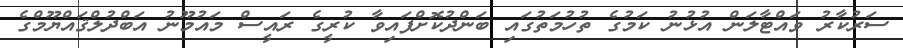
ސަރުކާރު ވައްޓާލަން އުޅުނު ކަމުގެ ތުހުމަތުގައި ބަންދުކޮށްފައިވާ ކުރީގެ ރައީސް މައުމޫނު އަބްދުލްޤައްޔޫމްގެ